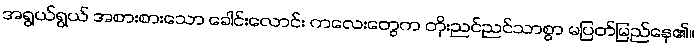
အရွယ်ရွယ် အစားစားသော ခေါင်းလောင်း ကလေးတွေက တိုးညင်ညင်သာစွာ မပြတ်မြည်နေ၏။